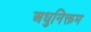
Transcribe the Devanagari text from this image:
अधुनिक्तम